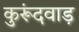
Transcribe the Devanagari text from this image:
कुरूंदवाड़